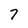
Character: 7